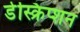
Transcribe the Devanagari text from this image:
डेस्क्रिप्शन